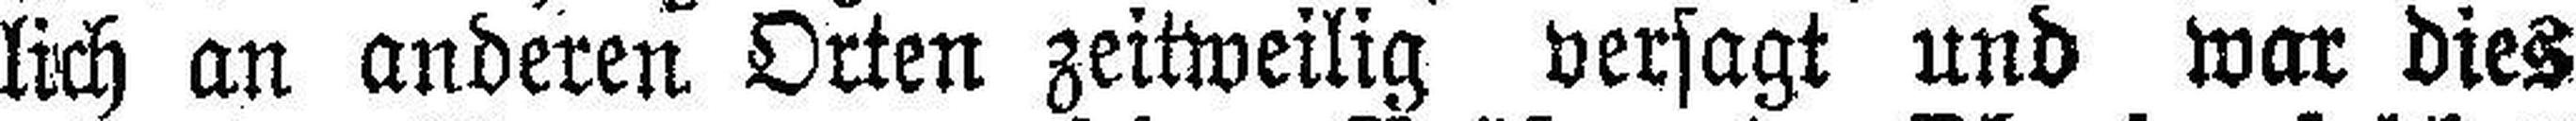
lich an anderen Orten zeitweilig versagt und war dies